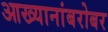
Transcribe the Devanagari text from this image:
आख्यानांबरोबर